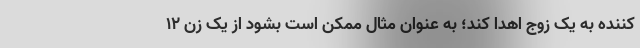
کننده به یک زوج اهدا کند؛ به عنوان مثال ممکن است بشود از یک زن ۱۲